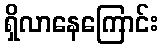
ရှိလာနေကြောင်း